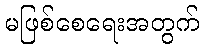
မဖြစ်စေရေးအတွက်